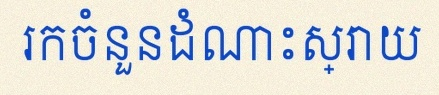
រកចំនួនដំណោះស្រាយ